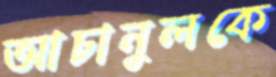
আচানুলকে